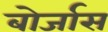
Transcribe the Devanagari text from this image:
बोर्जास